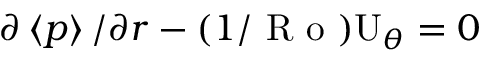
\partial \left\langle p \right\rangle / \partial r - ( 1 / \textrm { R o } ) \mathrm { U } _ { \theta } = 0